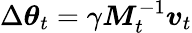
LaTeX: \Delta\boldsymbol{\theta}_{t}=\gamma\boldsymbol{M}_{t}^{-1}\boldsymbol{v}_{t}